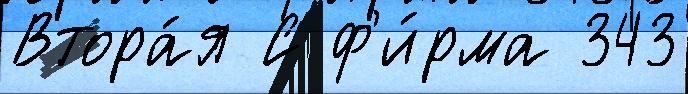
Втора́я С ф'и́рма 343